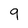
Character: 9